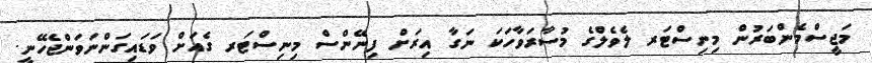
މަޖީސްމެންބަރުން މިނިސްޓަރ ލެވެލްގެ މުސާރަވާހަކަ ނަގާ އިރަށް ފިނޭންސް މިނިސްޓަރ ގެއަށް ވަޑައިގަންނަވަންޖެހޭނީ.